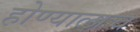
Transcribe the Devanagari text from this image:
होण्यालाच